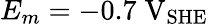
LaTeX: E_{m}=-0.7\; \mathrm{V}_{\mathrm{SHE}}